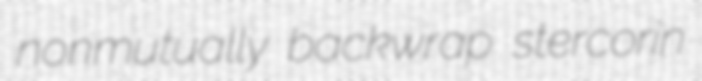
nonmutually backwrap stercorin